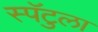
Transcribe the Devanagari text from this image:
स्पॅटुला